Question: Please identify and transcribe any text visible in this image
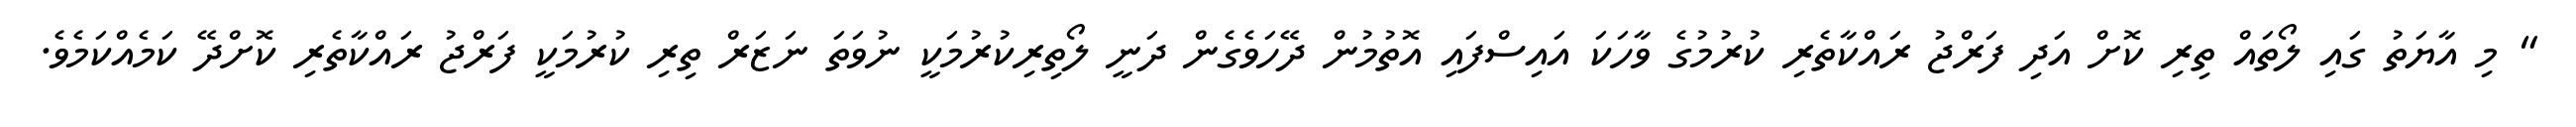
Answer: " މި އާޔަތު ގައި ލޯތައް ތިރި ކޮށް އަދި ފަރްޖު ރައްކާތެރި ކުރުމުގެ ވާހަކަ އައިސްފައި އޮތުމުން ދޭހަވެގެން ދަނީ ލޯތިރިކުރުމަކީ ނުވަތަ ނަޒަރް ތިރި ކުރުމަކީ ފަރްޖު ރައްކާތެރި ކޮށްދޭ ކަމެއްކަމެވެ.